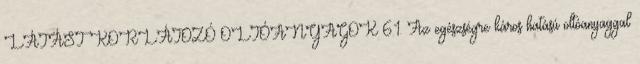
LÁTÁST KORLÁTOZÓ OLTÓANYAGOK 6.1. Az egészségre káros hatású oltóanyaggal